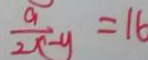
\frac { a } { 2 x - y } = 1 6